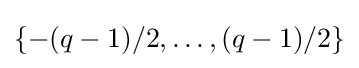
{\textstyle \{-(q-1)/2,\ldots ,(q-1)/2\}}